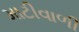
માટીવાળી